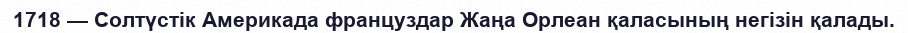
1718 — Солтүстік Америкада француздар Жаңа Орлеан қаласының негізін қалады.